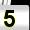
Digit: 5